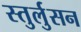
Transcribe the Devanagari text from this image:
स्तुर्लुसन